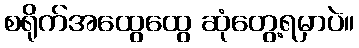
စရိုက်အထွေထွေ ဆုံတွေ့ရမှာပဲ။